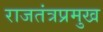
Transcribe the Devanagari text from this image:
राजतंत्रप्रमुख